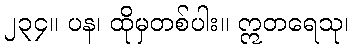
၂၃၄။ ပန၊ ထိုမှတစ်ပါး။ ဣတရေသု၊